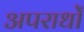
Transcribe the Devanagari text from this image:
अपराधोँ